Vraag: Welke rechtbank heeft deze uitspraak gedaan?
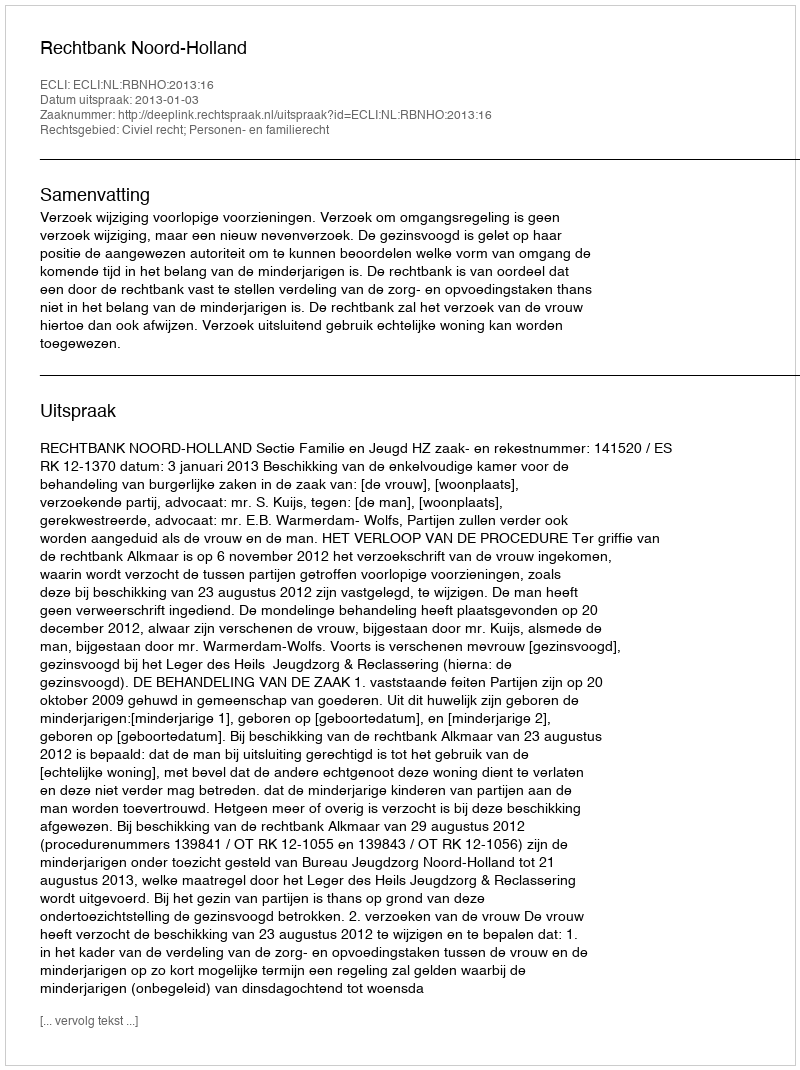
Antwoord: Rechtbank Noord-Holland